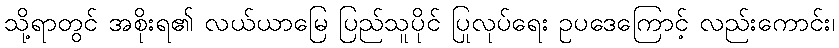
သို့ရာတွင် အစိုးရ၏ လယ်ယာမြေ ပြည်သူပိုင် ပြုလုပ်ရေး ဥပဒေကြောင့် လည်းကောင်း၊